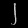
Digit: ၂